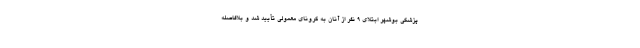
پزشکی بوشهر ابتلای 9 نفر از آنان به کرونای معمولی تأیید شد و بلافاصله